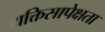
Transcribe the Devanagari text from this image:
व्यक्तिसापेक्षता